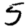
Digit: 5